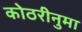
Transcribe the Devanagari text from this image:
कोठरीनुमा